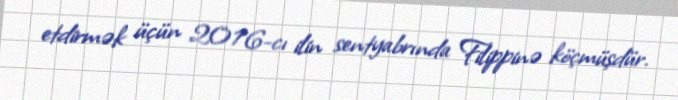
etdirmək üçün 2016-cı ilin sentyabrında Filippinə köçmüşdür.